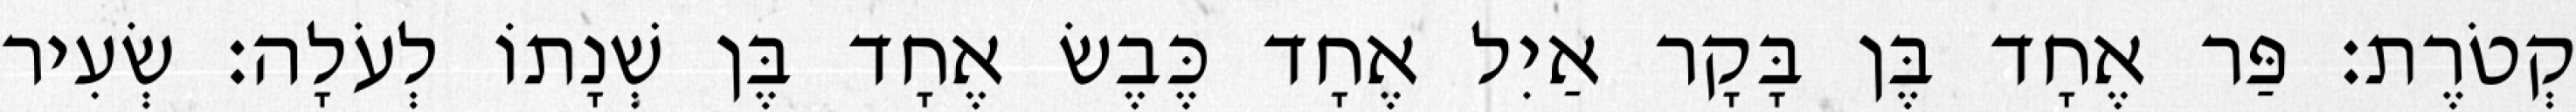
קְטֹרֶת׃ פַּר אֶחָד בֶּן בָּקָר אַיִל אֶחָד כֶּבֶשׂ אֶחָד בֶּן שְׁנָתוֹ לְעֹלָה׃ שְׂעִיר